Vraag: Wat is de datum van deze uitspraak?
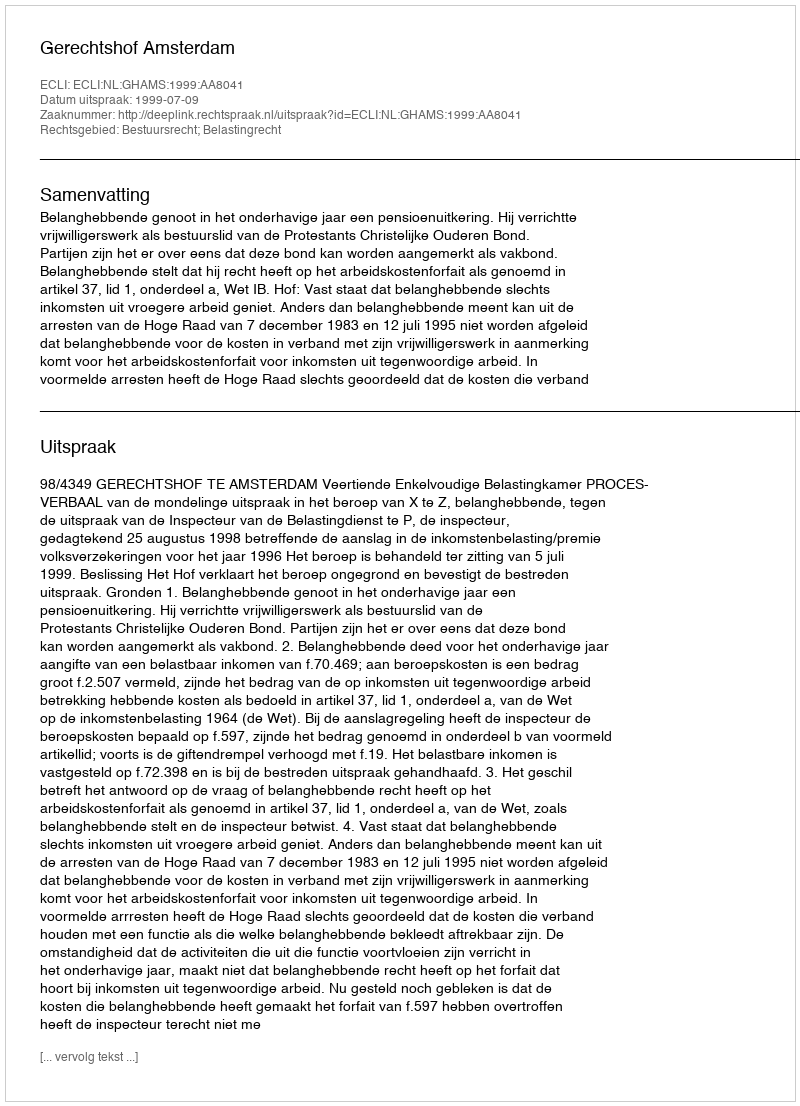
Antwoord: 1999-07-09